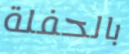
بالحفلة